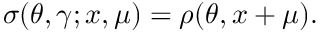
\sigma ( \theta , \gamma ; x , \mu ) = \rho ( \theta , x + \mu ) .